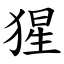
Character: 猩